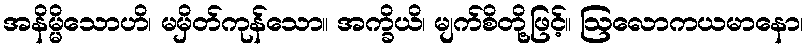
အနိမ္မိသောဟိ၊ မမှိတ်ကုန်သော။ အက္ခိယိ၊ မျက်စိတို့ဖြင့်။ ဩလောကယမာနော၊